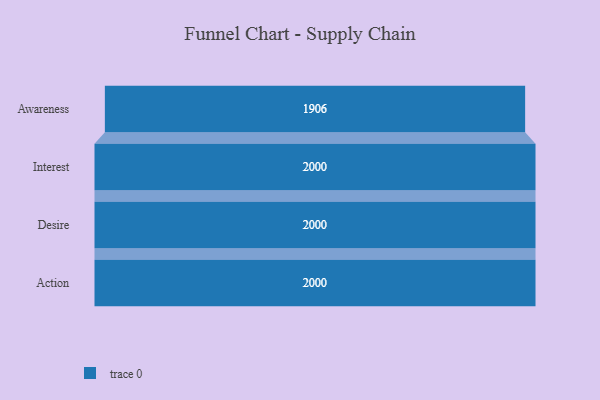
{"axis": {"x": "Stage", "y": "Value"}, "legend": [""], "data": [{"x": "Awareness", "y": 1906.0, "type": ""}, {"x": "Interest", "y": 2000, "type": ""}, {"x": "Desire", "y": 2000, "type": ""}, {"x": "Action", "y": 2000, "type": ""}]}